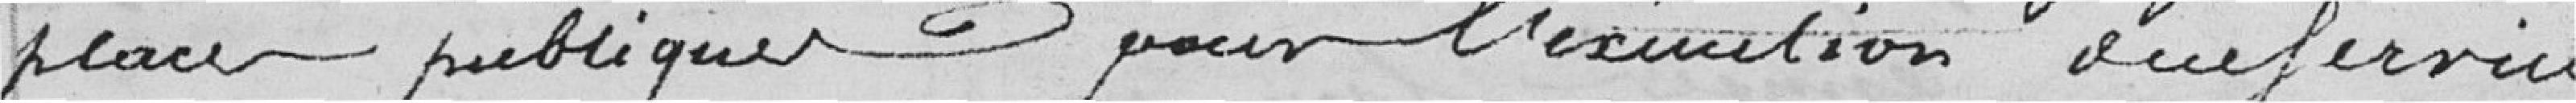
place publique pour l'exécution ausservie